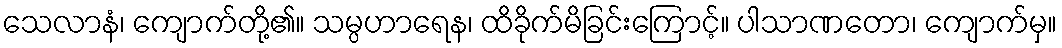
သေလာနံ၊ ကျောက်တို့၏။ သမ္ပဟာရေန၊ ထိခိုက်မိခြင်းကြောင့်။ ပါသာဏတော၊ ကျောက်မှ။